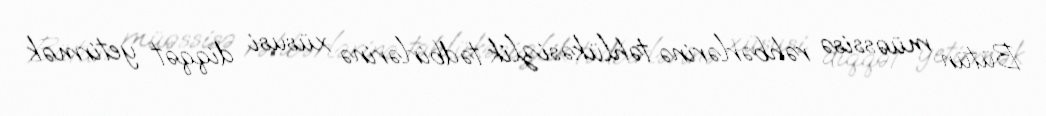
Bütün müəssisə rəhbərlərinə təhlükəsizlik tədbirlərinə xüsusi diqqət yetirmək